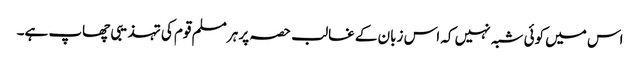
اس میں کوئی شبہ نہیں کہ اس زبان کے غالب حصہ پر ہر مسلم قوم کی تہذیبی چھاپ ہے۔